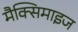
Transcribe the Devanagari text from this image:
मैक्सिमाइज